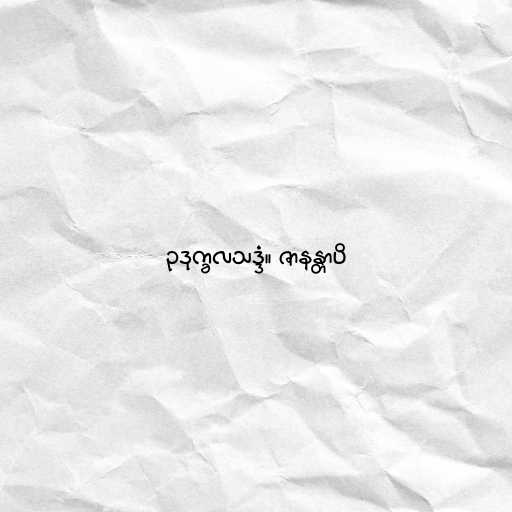
ဥဒုက္ခလသဒ္ဒံ။ ဇာနန္တာပိ